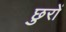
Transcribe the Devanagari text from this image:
छुरों